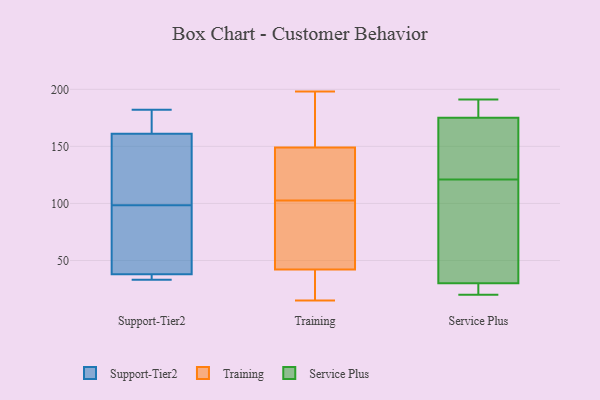
{"axis": {"x": "Shipments", "y": "Value"}, "legend": ["Service Plus", "Support-Tier2", "Training"], "data": [{"x": "", "y": 113, "type": "Support-Tier2"}, {"x": "", "y": 140, "type": "Support-Tier2"}, {"x": "", "y": 38, "type": "Support-Tier2"}, {"x": "", "y": 175, "type": "Support-Tier2"}, {"x": "", "y": 44, "type": "Support-Tier2"}, {"x": "", "y": 182, "type": "Support-Tier2"}, {"x": "", "y": 33, "type": "Support-Tier2"}, {"x": "", "y": 36, "type": "Support-Tier2"}, {"x": "", "y": 84, "type": "Support-Tier2"}, {"x": "", "y": 161, "type": "Support-Tier2"}, {"x": "", "y": 160, "type": "Training"}, {"x": "", "y": 162, "type": "Training"}, {"x": "", "y": 126, "type": "Training"}, {"x": "", "y": 35, "type": "Training"}, {"x": "", "y": 56, "type": "Training"}, {"x": "", "y": 117, "type": "Training"}, {"x": "", "y": 198, "type": "Training"}, {"x": "", "y": 117, "type": "Training"}, {"x": "", "y": 155, "type": "Training"}, {"x": "", "y": 149, "type": "Training"}, {"x": "", "y": 32, "type": "Training"}, {"x": "", "y": 61, "type": "Training"}, {"x": "", "y": 27, "type": "Training"}, {"x": "", "y": 141, "type": "Training"}, {"x": "", "y": 42, "type": "Training"}, {"x": "", "y": 15, "type": "Training"}, {"x": "", "y": 88, "type": "Training"}, {"x": "", "y": 84, "type": "Training"}, {"x": "", "y": 166, "type": "Service Plus"}, {"x": "", "y": 26, "type": "Service Plus"}, {"x": "", "y": 78, "type": "Service Plus"}, {"x": "", "y": 188, "type": "Service Plus"}, {"x": "", "y": 25, "type": "Service Plus"}, {"x": "", "y": 191, "type": "Service Plus"}, {"x": "", "y": 154, "type": "Service Plus"}, {"x": "", "y": 24, "type": "Service Plus"}, {"x": "", "y": 120, "type": "Service Plus"}, {"x": "", "y": 188, "type": "Service Plus"}, {"x": "", "y": 72, "type": "Service Plus"}, {"x": "", "y": 122, "type": "Service Plus"}, {"x": "", "y": 20, "type": "Service Plus"}, {"x": "", "y": 30, "type": "Service Plus"}, {"x": "", "y": 112, "type": "Service Plus"}, {"x": "", "y": 129, "type": "Service Plus"}, {"x": "", "y": 189, "type": "Service Plus"}, {"x": "", "y": 175, "type": "Service Plus"}]}